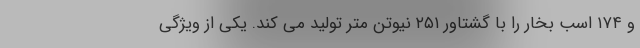
و ۱۷۴ اسب بخار را با گشتاور ۲۵۱ نیوتن متر تولید می کند. یکی از ویژگی